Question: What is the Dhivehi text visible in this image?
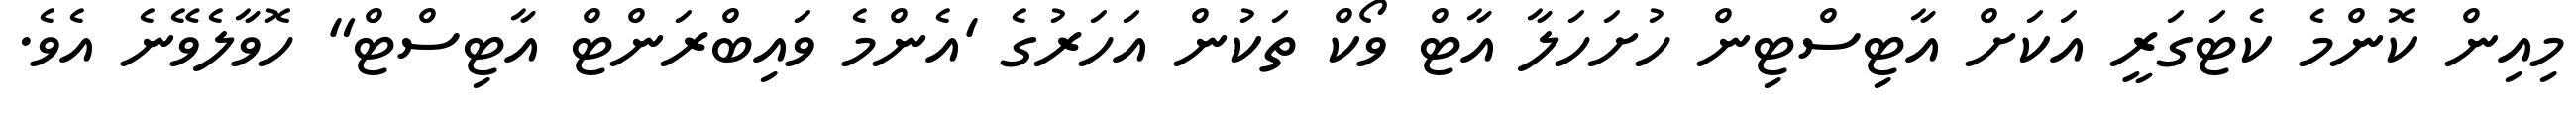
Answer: މިއިން ކޮންމެ ކެޓަގަރީ އަކަށް އާޓިސްޓިން ހުށަހަލާ އާޓް ވޯކް ތަކުން އަހަރުގެ 'އެންމެ ވައިބްރަންޓް އާޓިސްޓް" ހޮވާލެވޭނެ އެވެ.